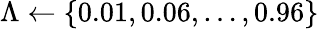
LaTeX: \Lambda\gets\{ 0.01,0.06,\ldots,0.96\}